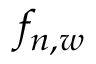
f _ { n , w }